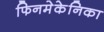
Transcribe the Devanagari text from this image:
फिनमेकेनिका